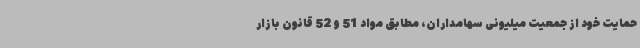
حمایت خود از جمعیت میلیونی سهامداران، مطابق مواد 51 و 52 قانون بازار